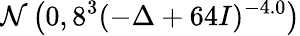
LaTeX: \mathcal{N}\left(0,8^{3}(-\Delta+64I)^{-4.0}\right)